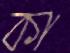
কা